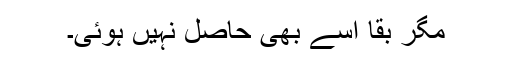
مگر بقا اسے بھی حاصل نہیں ہوئی۔